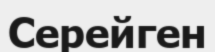
Серейген